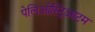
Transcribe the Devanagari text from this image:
पेलिओस्ट्रिआटम